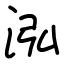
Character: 泓